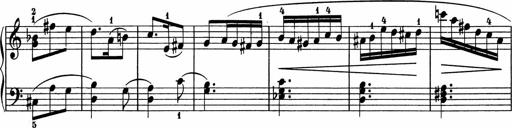
Title: 5 Sonatinen fÃ¼r die Jugend
Composer: Carl Reinecke